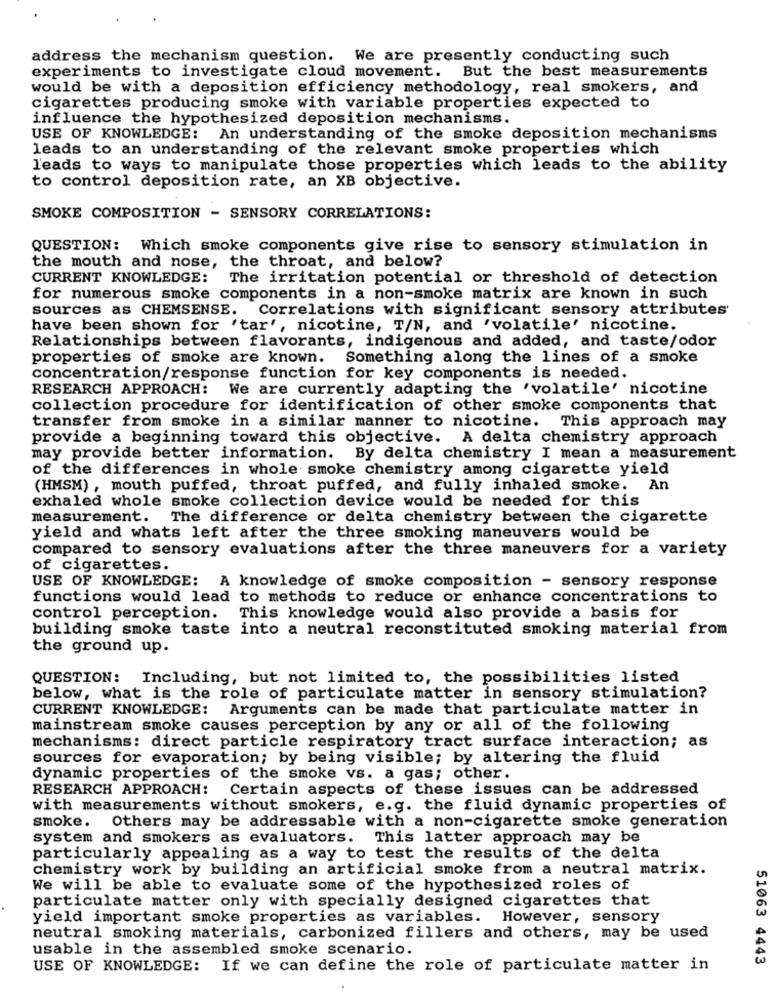
address the mechanism question. We are presently conducting such
But the best measurements
experiments to investigate cloud movement.
would be with a deposition efficiency methodology, real smokers, and
cigarettes producing smoke with variable properties expected to
influence the hypothesized deposition mechanisms.
USE OF KNOWLEDGE: An understanding of the smoke deposition mechanisms
leads to an understanding of the relevant smoke properties which
leads to ways to manipulate those properties which leads to the ability
to control deposition rate, an XB objective.
SMOKE COMPOSITION - SENSORY CORRELATIONS:
QUESTION: Which smoke components give rise to sensory stimulation in
the mouth and nose, the throat, and below?
CURRENT KNOWLEDGE:
The irritation potential or threshold of detection
for numerous smoke components in a non-smoke matrix are known in such
sources as CHEMSENSE. Correlations with significant sensory attributes
have been shown for 'tar', nicotine, T/N, and 'volatile' nicotine.
Relationships between flavorants, indigenous and added, and taste/odor
properties of smoke are known. Something along the lines of a smoke
concentration/response function for key components is needed.
RESEARCH APPROACH: We are currently adapting the 'volatile' nicotine
collection procedure for identification of other smoke components that
transfer from smoke in a similar manner to nicotine. This approach may
provide a beginning toward this objective. A delta chemistry approach
may provide better information. By delta chemistry I mean a measurement
of the differences in whole smoke chemistry among cigarette yield
(HMSM) , mouth puffed, throat puffed, and fully inhaled smoke. An
exhaled whole smoke collection device would be needed for this
measurement. The difference or delta chemistry between the cigarette
yield and whats left after the three smoking maneuvers would be
compared to sensory evaluations after the three maneuvers for a variety
of cigarettes.
USE OF KNOWLEDGE: A knowledge of smoke composition - sensory response
functions would lead to methods to reduce or enhance concentrations to
control perception.
This knowledge would also provide a basis for
building smoke taste into a neutral reconstituted smoking material from
the ground up.
QUESTION: Including, but not limited to, the possibilities listed
below, what is the role of particulate matter in sensory stimulation?
CURRENT KNOWLEDGE: Arguments can be made that particulate matter in
mainstream smoke causes perception by any or all of the following
mechanisms: direct particle respiratory tract surface interaction; as
sources for evaporation; by being visible; by altering the fluid
dynamic properties of the smoke vs. a gas; other.
RESEARCH APPROACH: Certain aspects of these issues can be addressed
with measurements without smokers, e.g. the fluid dynamic properties of
smoke. Others may be addressable with a non-cigarette smoke generation
system and smokers as evaluators.
This latter approach may be
particularly appealing as a way to test the results of the delta
chemistry work by building an artificial smoke from a neutral matrix.
We will be able to evaluate some of the hypothesized roles of
particulate matter only with specially designed cigarettes that
yield important smoke properties as variables. However, sensory
neutral smoking materials, carbonized fillers and others, may be used
usable in the assembled smoke scenario.
51063 4443
USE OF KNOWLEDGE:
If we can define the role of particulate matter in